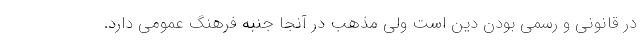
در قانونی و رسمی بودن دین است ولی مذهب در آنجا جنبه فرهنگ عمومی دارد.